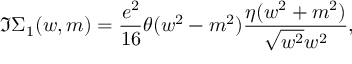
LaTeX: \Im \Sigma _ { 1 } ( w , m ) = \frac { e ^ { 2 } } { 1 6 } \theta ( w ^ { 2 } - m ^ { 2 } ) \frac { \eta ( w ^ { 2 } + m ^ { 2 } ) } { \sqrt { w ^ { 2 } } w ^ { 2 } } ,